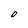
Character: O